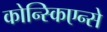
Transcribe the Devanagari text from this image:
कोन्स्किएन्से